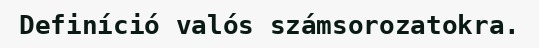
Definíció valós számsorozatokra.